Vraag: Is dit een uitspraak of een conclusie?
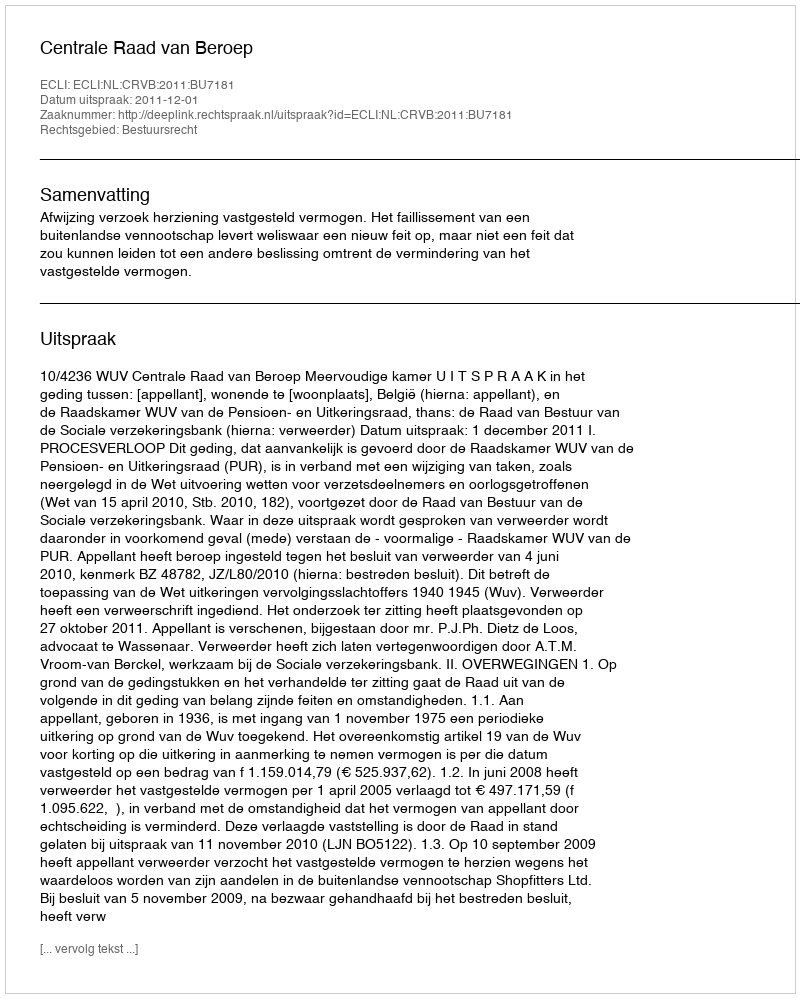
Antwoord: Uitspraak